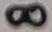
Text: 8